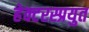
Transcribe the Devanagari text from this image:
हेक्टरस्प्रयुत